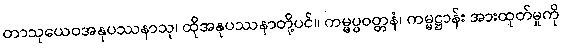
တာသုယေဝအနုပဿနာသု၊ ထိုအနုပဿနာတို့ပင်။ ကမ္မပ္ပဝတ္တနံ၊ ကမ္မဋ္ဌာန်း အားထုတ်မှုကို